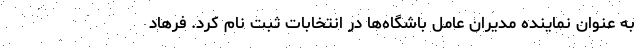
به عنوان نماینده مدیران عامل باشگاه‌ها در انتخابات ثبت نام کرد. فرهاد